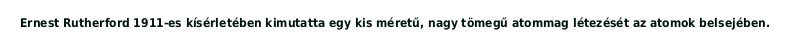
Ernest Rutherford 1911-es kísérletében kimutatta egy kis méretű, nagy tömegű atommag létezését az atomok belsejében.